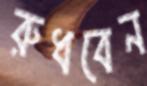
রুধবেন